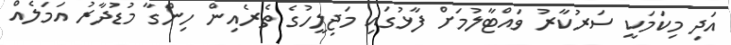
އަދި މިކަމަކީ ސަރުކާރު ވައްޓާލުމަށް ފާޅުގައި މަޖިލީހުގެ ތެރެއިން ހިންގާ މުޑުދާރު އަމަލެއް